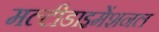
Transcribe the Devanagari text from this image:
मल्टीडाइमेंशनल